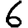
Digit: 6